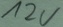
Text: 12V